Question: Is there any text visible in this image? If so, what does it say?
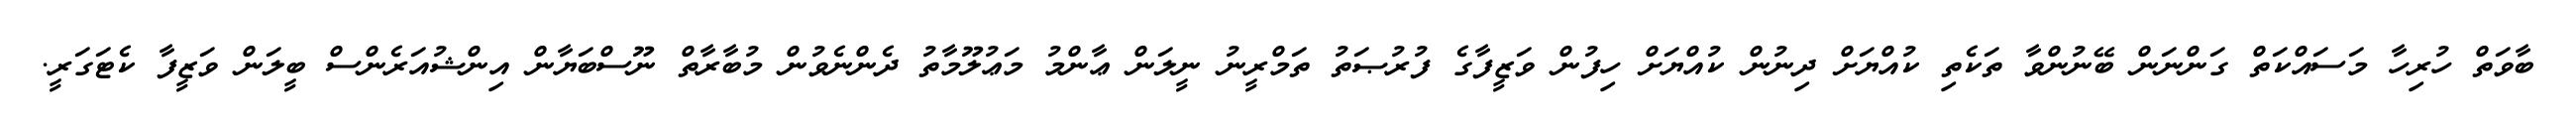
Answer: ބާވަތް ހުރިހާ މަސައްކަތް ގަންނަން ބޭނުންވާ ތަކެތި ކުއްޔަށް ދިނުން ކުއްޔަށް ހިފުން ވަޒީފާގެ ފުރުޞަތު ތަމްރީނު ނީލަން ޢާންމު މަޢުލޫމާތު ދެންނެވުން މުބާރާތް ނޫސްބަޔާން އިންޝުއަރެންސް ބީލަން ވަޒީފާ ކެޓަގަރީ.